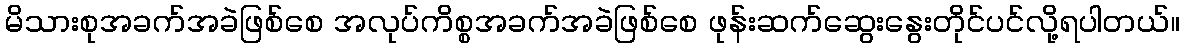
မိသားစုအခက်အခဲဖြစ်စေ အလုပ်ကိစ္စအခက်အခဲဖြစ်စေ ဖုန်းဆက်ဆွေးနွေးတိုင်ပင်လို့ရပါတယ်။